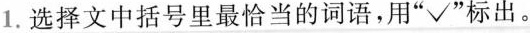
1.选择文中括号里最恰当的词语，用”√”标出。